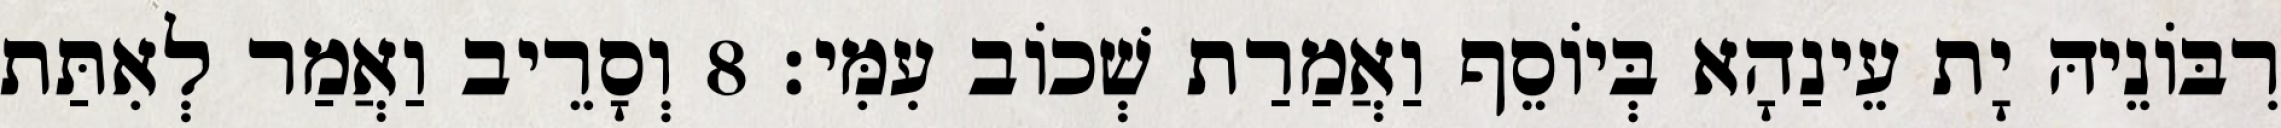
רִבּוֹנֵיהּ יָת עֵינַהָא בְּיוֹסֵף וַאֲמַרַת שְׁכוֹב עִמִּי׃ 8 וְסָרֵיב וַאֲמַר לְאִתַּת